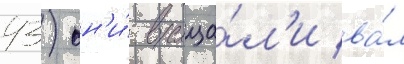
43) он'и́ враща́л'и ва́л